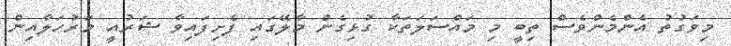
މިވަގުތު އެންމެންވެސް ތިބީ މި މައްސަލަތަކާ ގުޅިގެން މާލޭގައި ފެށިފައިވާ ޝަރުއީ މަރުހަލާއިން